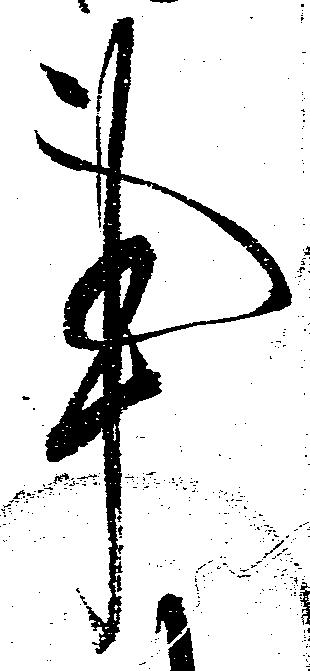
事